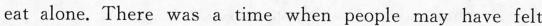
eat alone.There was a time when people may have felt